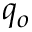
q _ { o }